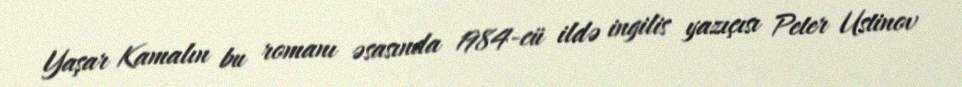
Yaşar Kamalın bu romanı əsasında 1984-cü ildə ingilis yazıçısı Peter Ustinov